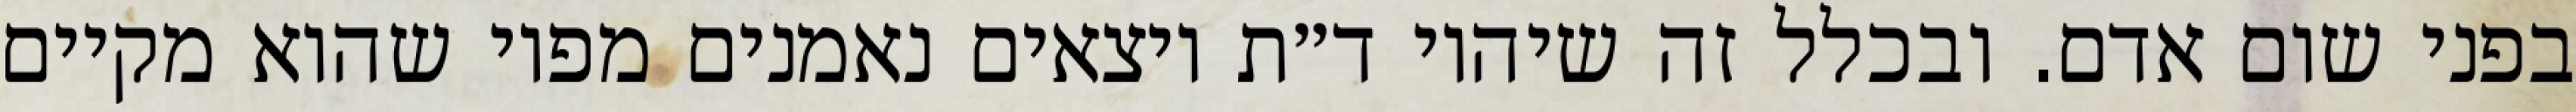
בפני שום אדם. ובכלל זה שיהיו ד״ת יוצאים נאמנים מפיו שהוא מקיים